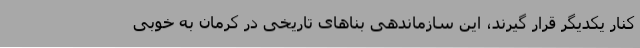
کنار یکدیگر قرار گیرند، این سازماندهی بناهای تاریخی در کرمان به خوبی